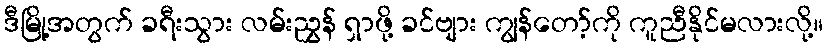
ဒီမြို့အတွက် ခရီးသွား လမ်းညွှန် ရှာဖို့ ခင်ဗျား ကျွန်တော့်ကို ကူညီနိုင်မလားလို့။